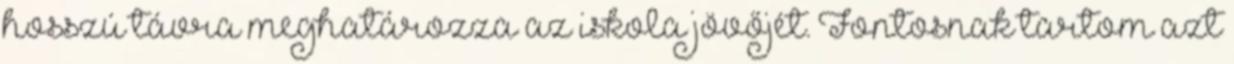
hosszú távra meghatározza az iskola jövőjét. Fontosnak tartom azt